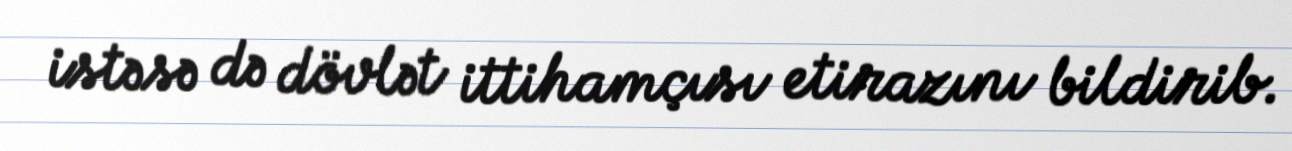
istəsə də dövlət ittihamçısı etirazını bildirib.